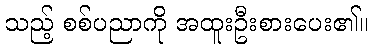
သည့် စစ်ပညာကို အထူးဦးစားပေး၏။